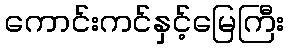
ကောင်းကင်နှင့်မြေကြီး